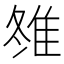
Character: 䧷